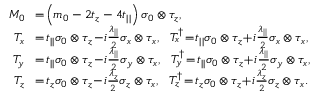
\begin{array} { r l } { M _ { 0 } } & { \! = \! \left( m _ { 0 } - 2 t _ { z } - 4 t _ { | | } \right) \sigma _ { 0 } \otimes \tau _ { z } , } \\ { T _ { x } } & { \! = \! t _ { | | } \sigma _ { 0 } \otimes \tau _ { z } \! - \! i \frac { \lambda _ { | | } } { 2 } \sigma _ { x } \otimes \tau _ { x } , ~ ~ T _ { x } ^ { \dagger } \! = \! t _ { | | } \sigma _ { 0 } \otimes \tau _ { z } \! + \! i \frac { \lambda _ { | | } } { 2 } \sigma _ { x } \otimes \tau _ { x } , } \\ { T _ { y } } & { \! = \! t _ { | | } \sigma _ { 0 } \otimes \tau _ { z } \! - \! i \frac { \lambda _ { | | } } { 2 } \sigma _ { y } \otimes \tau _ { x } , ~ ~ T _ { y } ^ { \dagger } \! = \! t _ { | | } \sigma _ { 0 } \otimes \tau _ { z } \! + \! i \frac { \lambda _ { | | } } { 2 } \sigma _ { y } \otimes \tau _ { x } , } \\ { T _ { z } } & { \! = \! t _ { z } \sigma _ { 0 } \otimes \tau _ { z } \! - \! i \frac { \lambda _ { z } } { 2 } \sigma _ { z } \otimes \tau _ { x } , ~ ~ T _ { z } ^ { \dagger } \! = \! t _ { z } \sigma _ { 0 } \otimes \tau _ { z } \! + \! i \frac { \lambda _ { z } } { 2 } \sigma _ { z } \otimes \tau _ { x } . } \end{array}